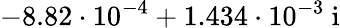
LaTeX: -8.82\cdot 10^{-4}+1.434\cdot 10^{-3}\ \mathrm{i}